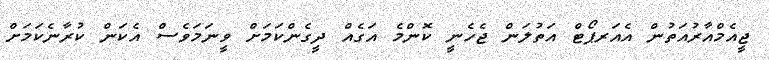
ޖީއެމްއާރުއަތުން އެއަރޕޯޓް އަތުލަން ޖެހެނީ ކޮންމެ އަގެއް ދީގެންކަމަށް ވީނަމަވެސް އެކަން ކުރާނެކަމަށް